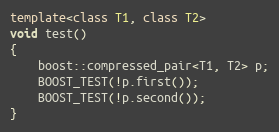
Language: C++
template<class T1, class T2>
void test()
{
    boost::compressed_pair<T1, T2> p;
    BOOST_TEST(!p.first());
    BOOST_TEST(!p.second());
}